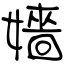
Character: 嬙